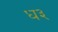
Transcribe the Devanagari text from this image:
ध३